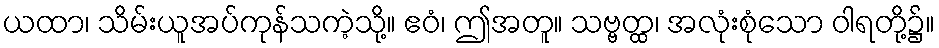
ယထာ၊ သိမ်းယူအပ်ကုန်သကဲ့သို့။ ဧဝံ၊ ဤအတူ။ သဗ္ဗတ္ထ၊ အလုံးစုံသော ဝါရတို့၌။